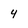
Character: 4